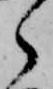
ら